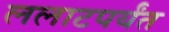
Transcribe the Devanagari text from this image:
ललाटपर्यंत